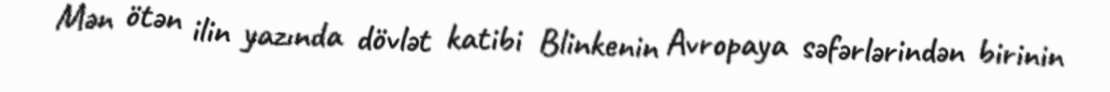
Mən ötən ilin yazında dövlət katibi Blinkenin Avropaya səfərlərindən birinin